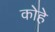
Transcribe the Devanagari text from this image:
कोहे